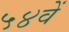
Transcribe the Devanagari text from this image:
५४वें